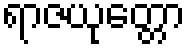
ရာဇယုတ္တော